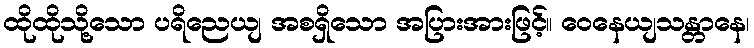
ထိုထိုသို့သော ပရိညေယျ အစရှိသော အပြားအားဖြင့်။ ဝေနေယျသန္တာနေ၊